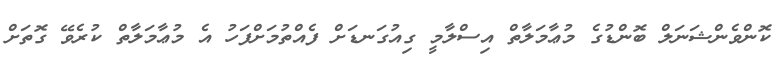
ކޮންވެންޝަނަލް ބޮންޑުގެ މުޢާމަލާތް އިސްލާމީ ގިއުގަނޑަށް ފެއްތުމަށްފަހު އެ މުޢާމަލާތް ކުރެވޭ ގޮތަށް